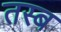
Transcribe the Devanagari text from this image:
तस्ब